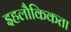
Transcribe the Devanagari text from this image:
इहलौकिकता